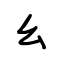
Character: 幺